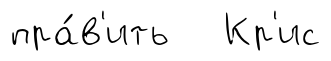
пра́в'ить Кр'ис